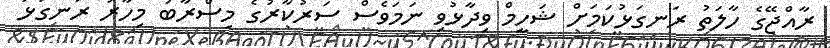
ރާއްޖޭގެ ހާލަތު ރަނގަޅުކަމަށް ޝަހީމް ވިދާޅުވި ނަމަވެސް ސަރުކާރުގެ މިސްރާބު މިހާރު ރަނގަޅު